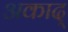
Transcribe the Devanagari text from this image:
अकाद्